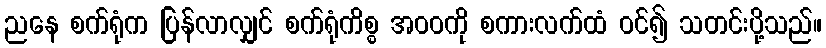
ညနေ စက်ရုံက ပြန်လာလျှင် စက်ရုံကိစ္စ အဝဝကို စကားလက်ထံ ဝင်၍ သတင်းပို့သည်။